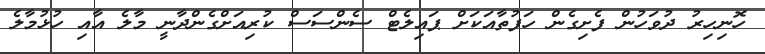
ހޮނިހިރު ދުވަހުން ފެށިގެން ހަފުތާއަކަށް ޕައިލެޓް ސެންސަސް ކުރިއަށްގެންދާނީ މާލެ އާއި ހުޅުމާލެ